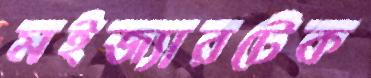
মইজ্যারটেক